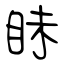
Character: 眛